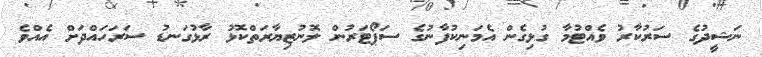
ނަޝީދުގެ ސަރުކާރު ވެއްޓުމާ ގުޅިގެން އެމަނިކުފާނުގެ ސަޕޯޓަރުން ލޮނުޒިޔާރަތްކޮޅު ރާޅުގަނޑު ސަރަހައްދަށް އެއްވެ